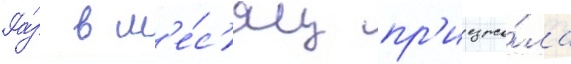
Ра́з в м'е́с'яц пр'иезжа́ла